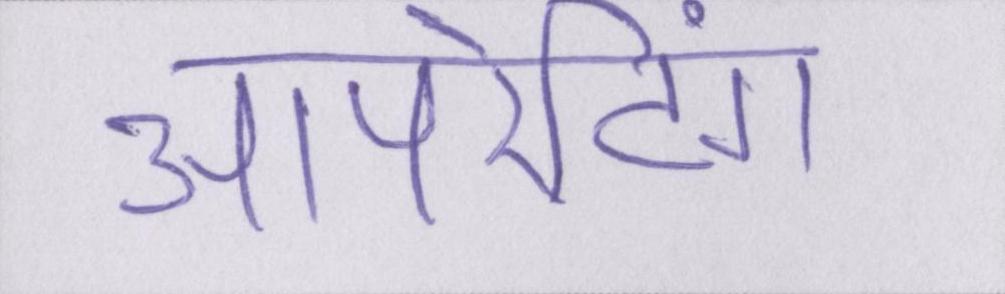
ऑपरेटिंग